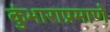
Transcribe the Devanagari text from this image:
कुंभाराप्रमाणे